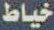
خياط